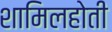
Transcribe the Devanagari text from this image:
शामिलहोती